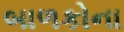
બાળકોના